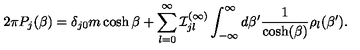
2 \pi { P } _ { j } ( \beta ) = \delta _ { j 0 } m \cosh \beta + \sum _ { l = 0 } ^ { \infty } { \cal I } _ { j l } ^ { ( \infty ) } \int _ { - \infty } ^ { \infty } d \beta ^ { \prime } \frac { 1 } { \cosh ( \beta ) } \rho _ { l } ( \beta ^ { \prime } ) .